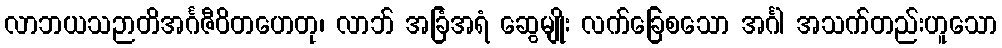
လာဘယသဉာတိအင်္ဂဇီဝိတဟေတု၊ လာဘ် အခြံအရံ ဆွေမျိုး လက်ခြေစသော အင်္ဂါ အသက်တည်းဟူသော